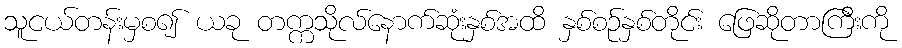
သူငယ်တန်းမှစ၍ ယခု တက္ကသိုလ်နောက်ဆုံးနှစ်အထိ နှစ်စဉ်နှစ်တိုင်း ဖြေဆိုတာကြီးကို